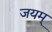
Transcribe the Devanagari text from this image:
जयम्